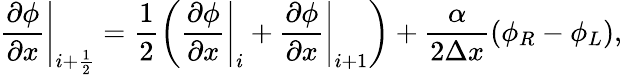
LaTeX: \left.\frac{\partial\phi}{\partial x}\right|_{i+\frac{1}{2}}=\frac{1}{2}\left(\left.\frac{\partial\phi}{\partial x}\right|_{i}+\left.\frac{\partial\phi}{\partial x}\right|_{i+1}\right)+\frac{\alpha}{2\Delta x}\left(\phi_{R}-\phi_{L}\right),